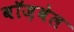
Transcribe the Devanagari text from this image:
बॉज़वेल